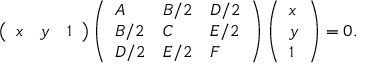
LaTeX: \left( { \begin{array} { l l l } { x } & { y } & { 1 } \end{array} } \right) \left( { \begin{array} { l l l } { A } & { B / 2 } & { D / 2 } \\ { B / 2 } & { C } & { E / 2 } \\ { D / 2 } & { E / 2 } & { F } \end{array} } \right) \left( { \begin{array} { l } { x } \\ { y } \\ { 1 } \end{array} } \right) = 0 .